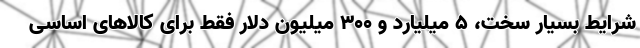
شرایط بسیار سخت، 5 میلیارد و 300 میلیون دلار فقط برای کالاهای اساسی